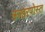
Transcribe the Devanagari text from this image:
ऊखरपोस्त